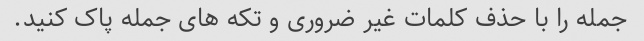
جمله را با حذف کلمات غیر ضروری و تکه های جمله پاک کنید.